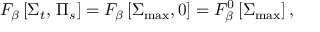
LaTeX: F _ { \beta } \left[ \Sigma _ { t } , \, \Pi _ { s } \right] = F _ { \beta } \left[ \Sigma _ { \operatorname * { m a x } } , 0 \right] = F _ { \beta } ^ { 0 } \left[ \Sigma _ { \operatorname * { m a x } } \right] ,